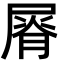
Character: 𡲺